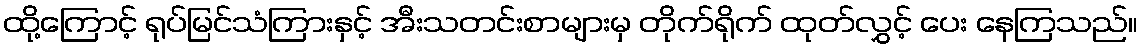
ထို့ကြောင့် ရုပ်မြင်သံကြားနှင့် အီးသတင်းစာများမှ တိုက်ရိုက် ထုတ်လွှင့် ပေး နေကြသည်။